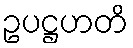
ဥပဋ္ဌဟတိ